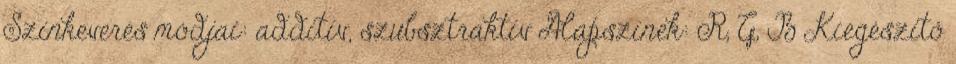
Színkeverés módjai: additív, szubsztraktív Alapszínek: R, G, B Kiegészítő